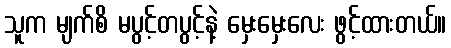
သူက မျက်စိ မပွင့်တပွင့်နဲ့ မှေးမှေးလေး ဖွင့်ထားတယ်။